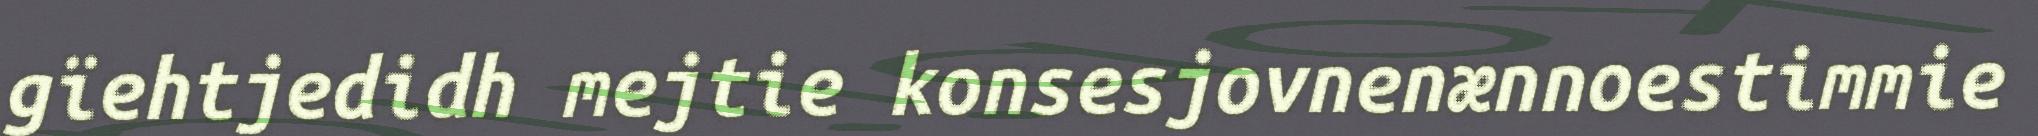
gïehtjedidh mejtie konsesjovnenænnoestimmie